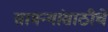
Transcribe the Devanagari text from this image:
सामन्यांसाठीचे